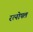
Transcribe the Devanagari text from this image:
रत्नोपल